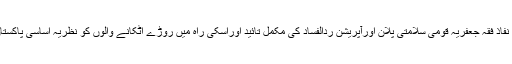
انہوں نے کہا کہ تحریک نفاذ فقہ جعفریہ قومی سلامتی پلان اورآپریشن ردالفساد کی مکمل تائید اوراسکی راہ میں روڑے اٹکانے والوں کو نظریہ اساسی پاکستان کا دشمن گردانتے ہیں ۔